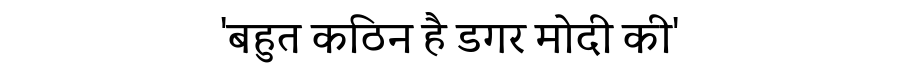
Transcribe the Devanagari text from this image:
'बहुत कठिन है डगर मोदी की'